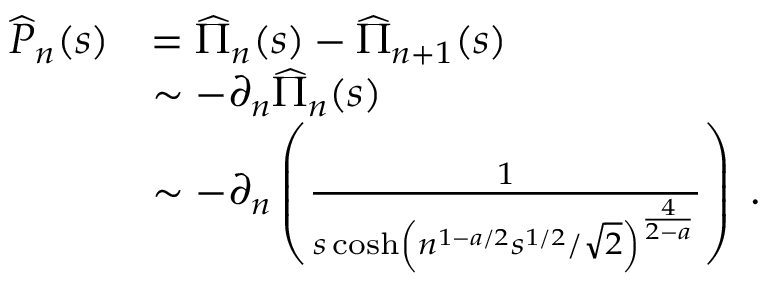
\begin{array} { r l } { \widehat { P } _ { n } ( s ) } & { = \widehat { \Pi } _ { n } ( s ) - \widehat { \Pi } _ { n + 1 } ( s ) } \\ & { \sim - \partial _ { n } \widehat { \Pi } _ { n } ( s ) } \\ & { \sim - \partial _ { n } \left( \frac { 1 } { s \cosh \left( n ^ { 1 - a / 2 } s ^ { 1 / 2 } / \sqrt { 2 } \right) ^ { \frac { 4 } { 2 - a } } } \right) \; . } \end{array}